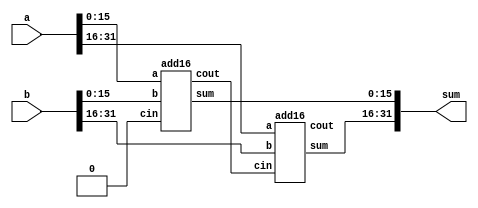
module top_module (
    input [31:0] a,
    input [31:0] b,
    output [31:0] sum
);//
   
    wire buff_cin;
    
    add16 instance_0 ( .cin(1'b0), .a(a[15:0]), .b(b[15:0]), .cout(buff_cin), .sum(sum[15:0]) );
    add16 instance_1 ( .cin(buff_cin), .a(a[31:16]), .b(b[31:16]), .cout(), .sum(sum[31:16]) ); 
    
endmodule

module add16 ( input [15:0] a, input [15:0] b, input cin, output [15:0] sum, output cout ); 

  wire [14:0] buff_cin; 

  add1 instance_0 [15:0] (
      .a(a)
    , .b(b)
    , .cin({buff_cin,cin}) 
    , .sum(sum)
    , .cout({cout,buff_cin}) 
  );

endmodule

module add1 ( input a, input b, input cin,   output sum, output cout );

    assign sum = a ^ b ^ cin;
    assign cout = a&b | a&cin | b&cin;

endmodule